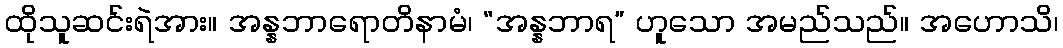
ထိုသူဆင်းရဲအား။ အန္နဘာရောတိနာမံ၊ “အန္နဘာရ” ဟူသော အမည်သည်။ အဟောသိ၊